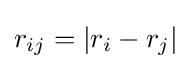
r_{ij}=|r_{i}-r_{j}|